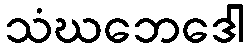
သံဃဘေဒေါ